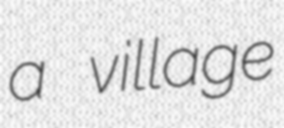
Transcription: a village